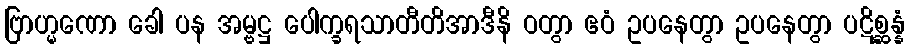
ဗြာဟ္မဏော ခေါ ပန အမ္ဗဋ္ဌ ပေါက္ခရသာတီတိအာဒီနိ ဝတွာ ဧဝံ ဥပနေတွာ ဥပနေတွာ ပဋိစ္ဆန္နံ